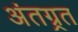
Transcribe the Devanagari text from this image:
अंतग्र्रत